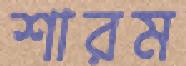
শারম